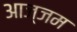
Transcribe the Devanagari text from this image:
आज्जम